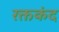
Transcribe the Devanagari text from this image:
रक्तकंद